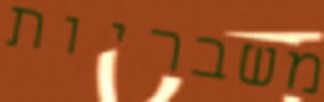
משבריות